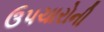
ઉપચારોની